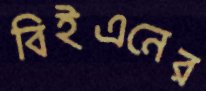
বিইএনের